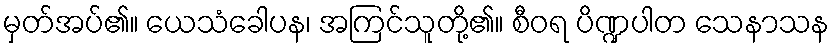
မှတ်အပ်၏။ ယေသံခေါပန၊ အကြင်သူတို့၏။ စီဝရ ပိဏ္ဍပါတ သေနာသန